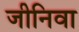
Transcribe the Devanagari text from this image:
जीनिवा